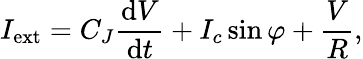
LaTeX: I_{\mathrm{ext}}=C_{J}{\frac{\operatorname{d}\! V}{\operatorname{d}\! t}}+I_{c}\sin\varphi+{\frac{V}{R}},